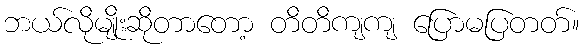
ဘယ်လိုမျိုးဆိုတာတော့ တိတိကျကျ ပြောမပြတတ်။